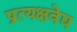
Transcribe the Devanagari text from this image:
प्रत्यक्षवेद्य